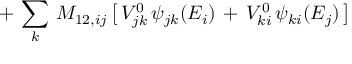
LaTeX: + \, \sum _ { k } \, M _ { 1 2 , i j } \, \big [ \, V _ { j k } ^ { 0 } \, \psi _ { j k } ( E _ { i } ) \, + \, V _ { k i } ^ { 0 } \, \psi _ { k i } ( E _ { j } ) \, \big ]